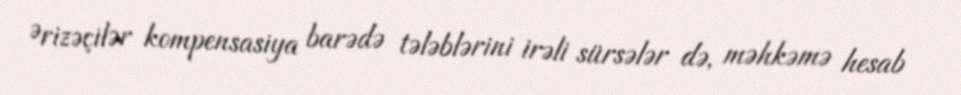
Ərizəçilər kompensasiya barədə tələblərini irəli sürsələr də, məhkəmə hesab